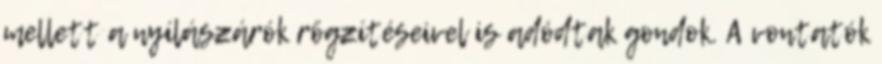
mellett a nyílászárók rögzítéseivel is adódtak gondok. A vontatók